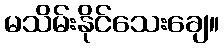
မသိမ်းနိုင်သေးချေ။